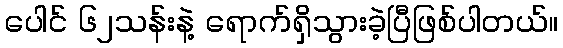
ပေါင် ၆၂သန်းနဲ့ ရောက်ရှိသွားခဲ့ပြီဖြစ်ပါတယ်။